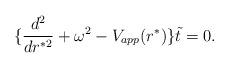
LaTeX: \begin{align*}\{ {d^2 \over dr^{*2}} + \omega^2 - V_{app}(r^*)\} \tilde t = 0.\end{align*}